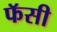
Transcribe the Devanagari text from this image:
फॅसी